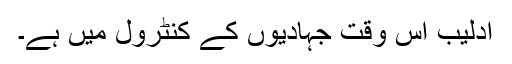
ادلیب اس وقت جہادیوں کے کنٹرول میں ہے۔